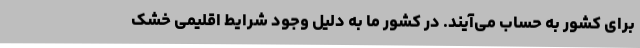
برای کشور به حساب می‌آیند. در کشور ما به‌ دلیل وجود شرایط اقلیمی خشک